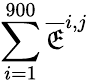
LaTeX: \sum_{i=1}^{900}\overline{{\mathfrak{E}}}^{i,j}